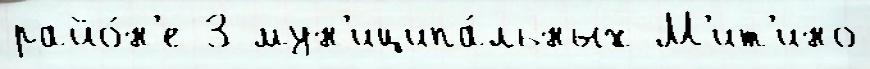
райо́н'е 3 мун'иципа́льных М'ит'ино